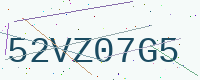
Text: 52VZ07G5